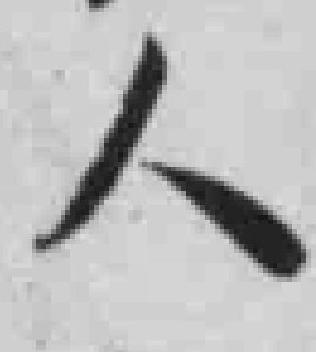
人